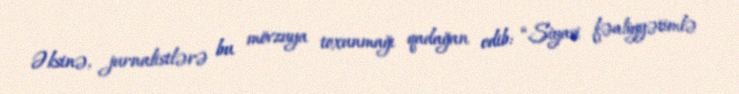
Əksinə, jurnalistlərə bu mövzuya toxunmağı qadağan edib: “Siyasi fəaliyyətimlə